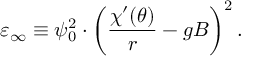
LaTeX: \varepsilon _ { \infty } \equiv \psi _ { 0 } ^ { 2 } \cdot \left( \frac { \chi ^ { \prime } ( \theta ) } r - g B \right) ^ { 2 } .